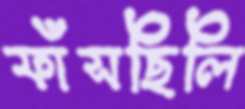
ফাঁসছিলি